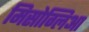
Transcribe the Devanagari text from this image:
मिसोग्लिआ